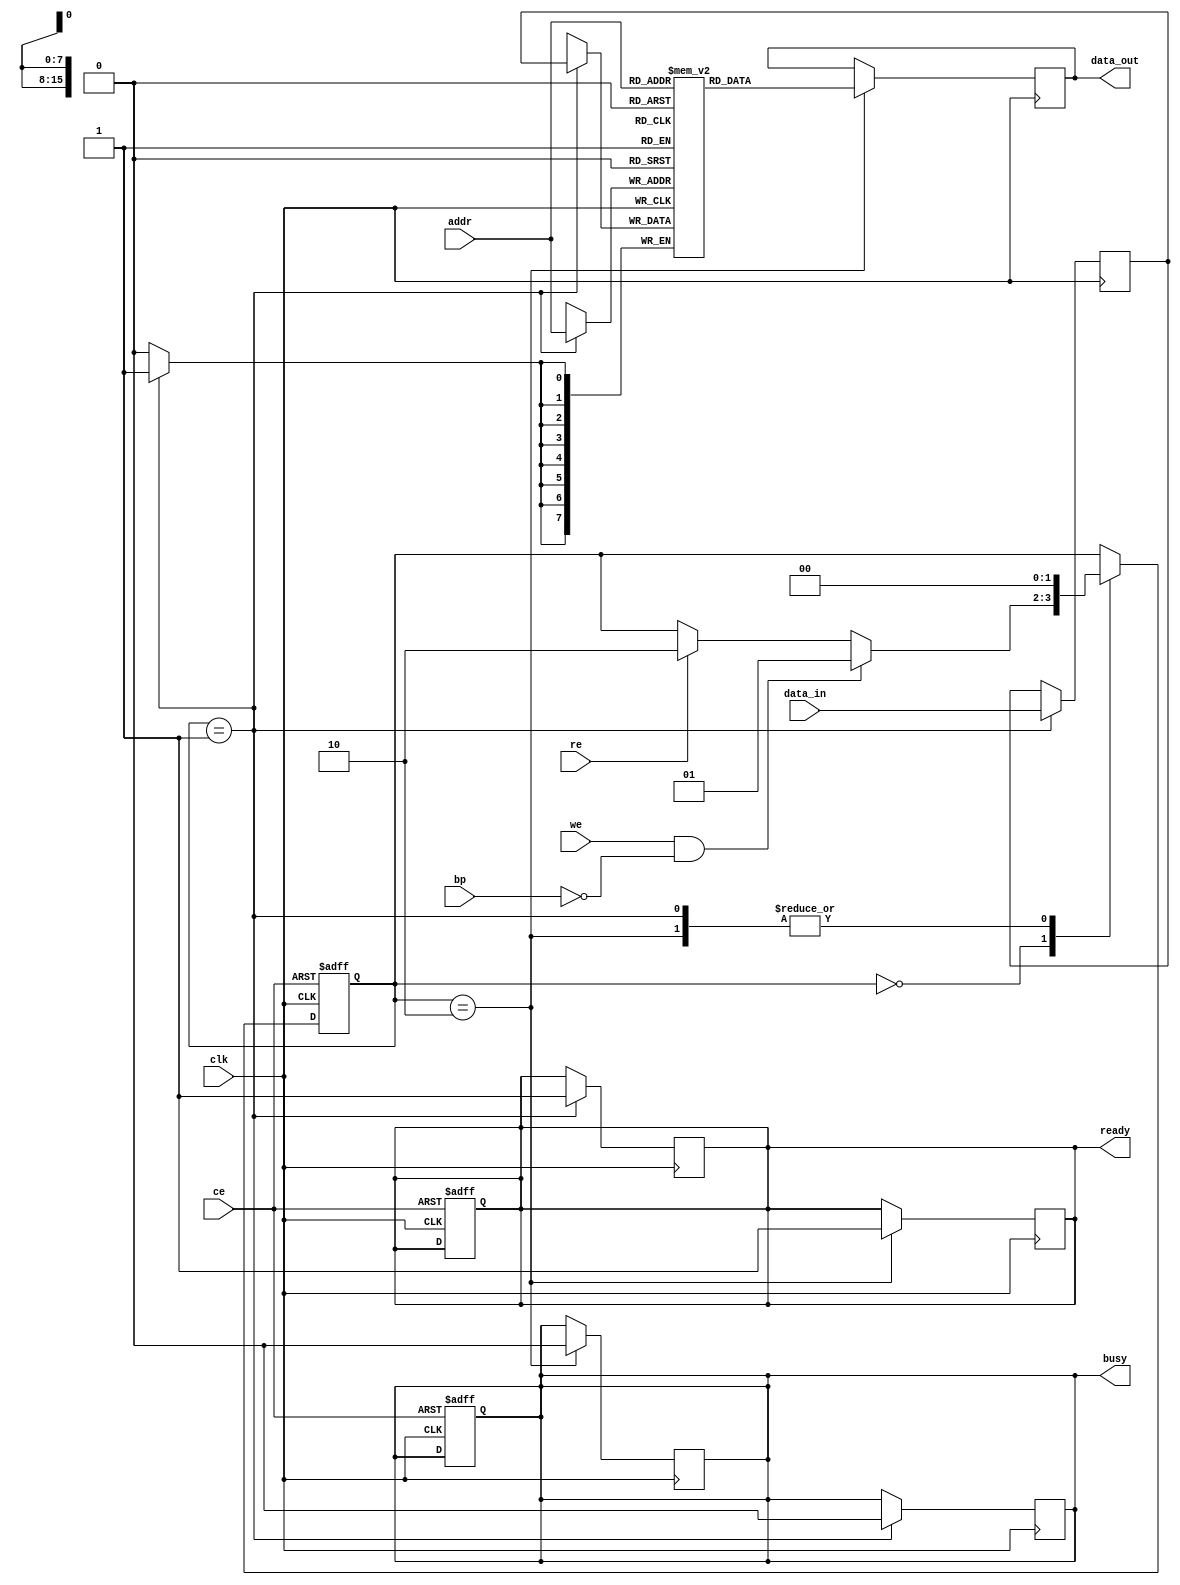
module nand_eeprom_io (
    input wire clk,            // Clock signal
    input wire ce,            // Chip Enable
    input wire we,            // Write Enable
    input wire re,            // Read Enable
    input wire bp,            // Block Protect
    input wire [7:0] data_in, // Data input (8-bit)
    output reg [7:0] data_out, // Data output (8-bit)
    input wire [15:0] addr,   // Address input (16-bit)
    output reg busy,          // Status: busy
    output reg ready          // Status: ready
);

    reg [7:0] memory [0:65535]; // Memory array (64KB of 8-bit cells)
    reg [7:0] data_buffer;       // Buffer for data during write

    // State definitions
    localparam IDLE = 2'b00, WRITE = 2'b01, READ = 2'b10;

    reg [1:0] state, next_state;

    // State machine for handling read/write operations
    always @(posedge clk or negedge ce) begin
        if (!ce) begin
            state <= IDLE;
            busy <= 1'b0;
            ready <= 1'b1;
        end else begin
            state <= next_state;
        end
    end

    always @(*) begin
        next_state = state;
        case (state)
            IDLE: begin
                if (we && !bp) begin
                    next_state = WRITE;
                end else if (re) begin
                    next_state = READ;
                end
            end
            WRITE: begin
                next_state = IDLE;
            end
            READ: begin
                next_state = IDLE;
            end
        endcase
    end

    // Write operation
    always @(posedge clk) begin
        if (state == WRITE) begin
            busy <= 1'b1;
            ready <= 1'b0;
            data_buffer <= data_in; // Capture data to be written
            memory[addr] <= data_buffer; // Write to memory
            busy <= 1'b0;
            ready <= 1'b1; // Indicate ready after write
        end
    end

    // Read operation
    always @(posedge clk) begin
        if (state == READ) begin
            busy <= 1'b1;
            ready <= 1'b0;
            data_out <= memory[addr]; // Read from memory
            busy <= 1'b0;
            ready <= 1'b1; // Indicate ready after read
        end
    end

endmodule